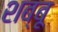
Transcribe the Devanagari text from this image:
शब्बू